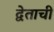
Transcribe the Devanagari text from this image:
द्वेताची